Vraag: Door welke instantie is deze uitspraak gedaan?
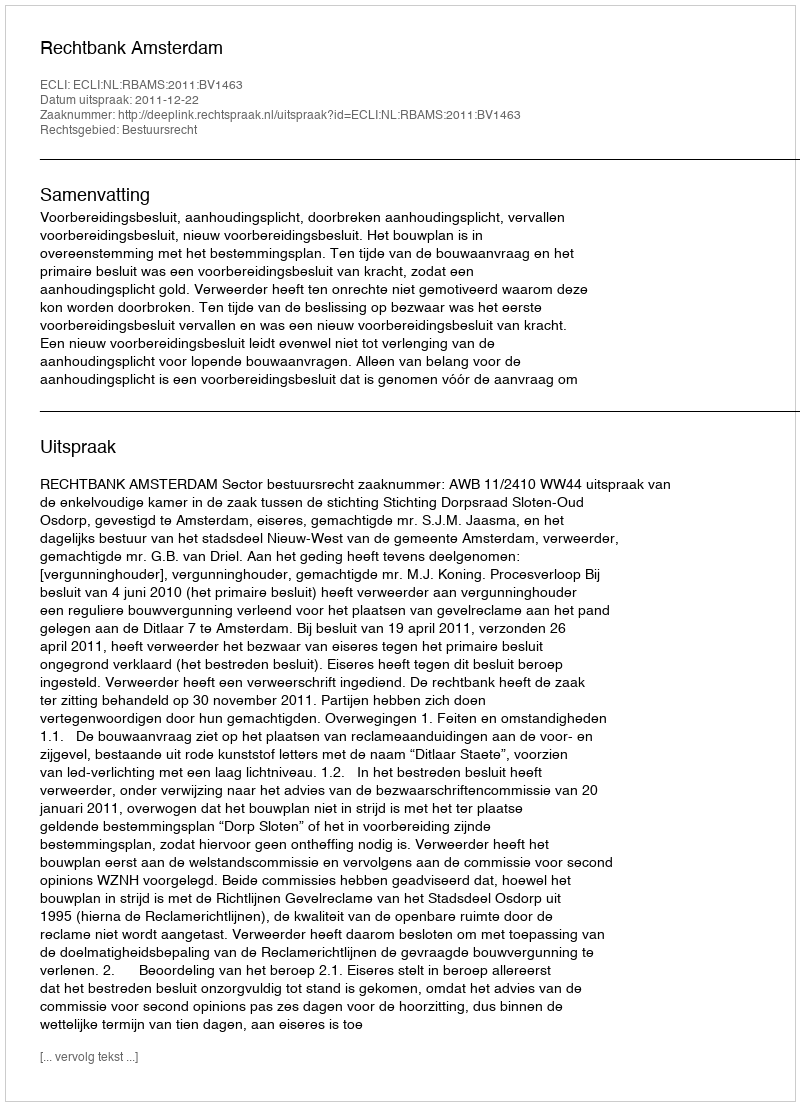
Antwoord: Rechtbank Amsterdam